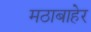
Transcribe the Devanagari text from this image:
मठाबाहेर